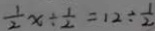
\frac { 1 } { 2 } x \div \frac { 1 } { 2 } = 1 2 \div \frac { 1 } { 2 }